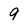
Character: 9